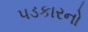
પડકારનો